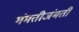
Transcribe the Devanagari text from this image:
गंमतीजंमती